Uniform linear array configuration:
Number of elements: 64
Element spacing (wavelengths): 1
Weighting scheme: uniform
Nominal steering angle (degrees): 60
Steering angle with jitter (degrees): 58.469
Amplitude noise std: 0.05
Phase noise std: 0.05

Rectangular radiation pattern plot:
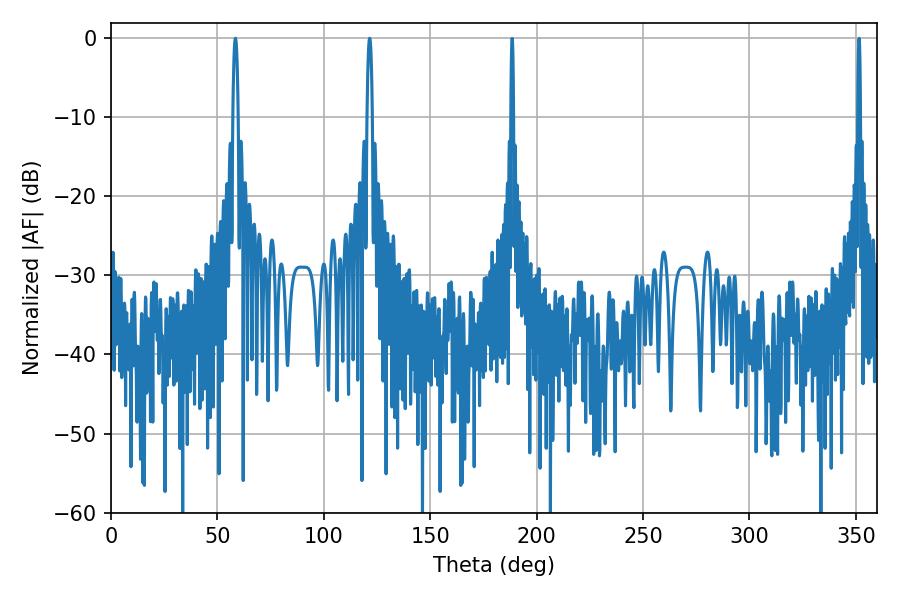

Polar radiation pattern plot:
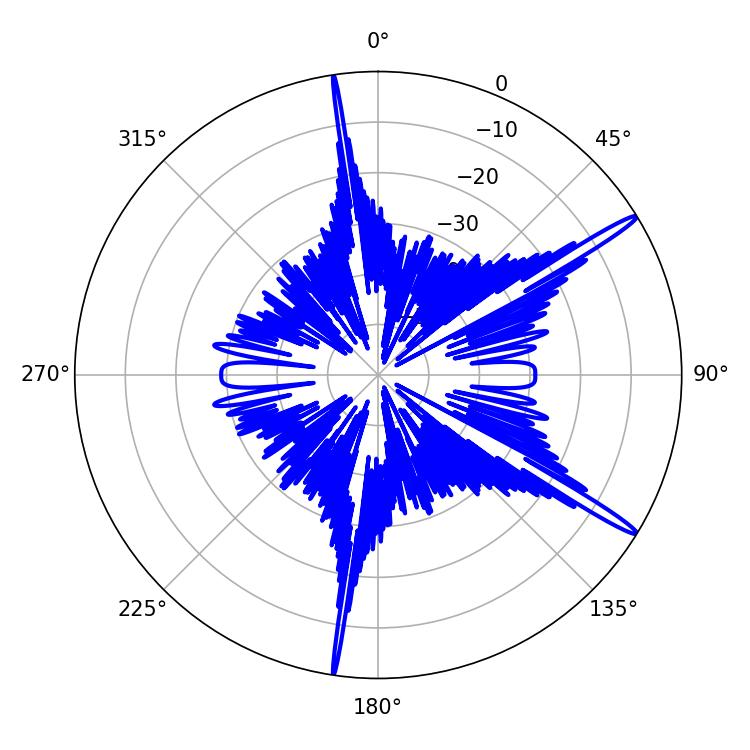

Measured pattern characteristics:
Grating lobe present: TRUE
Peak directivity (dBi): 16.405
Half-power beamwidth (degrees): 1.44
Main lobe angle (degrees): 58.5